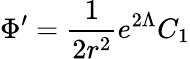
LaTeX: \Phi^{\prime}=\frac{1}{2r^{2}}e^{2\Lambda}C_{1}